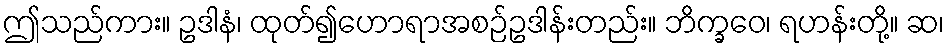
ဤသည်ကား။ ဥဒါနံ၊ ထုတ်၍ဟောရာအစဉ်ဥဒါန်းတည်း။ ဘိက္ခဝေ၊ ရဟန်းတို့။ ဆ၊